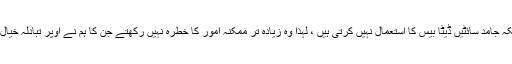
چونکہ جامد سائٹیں ڈیٹا بیس کا استعمال نہیں کرتی ہیں ، لہذا وہ زیادہ تر ممکنہ امور کا خطرہ نہیں رکھتے جن کا ہم نے اوپر تبادلہ خیال کیا۔